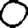
Digit: 0